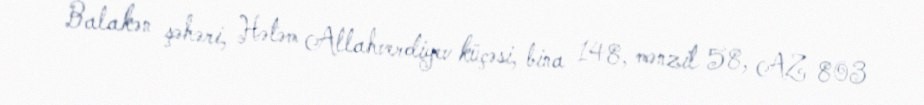
Balakən şəhəri, Hətəm Allahverdiyev küçəsi, bina 148, mənzil 58, AZ 803